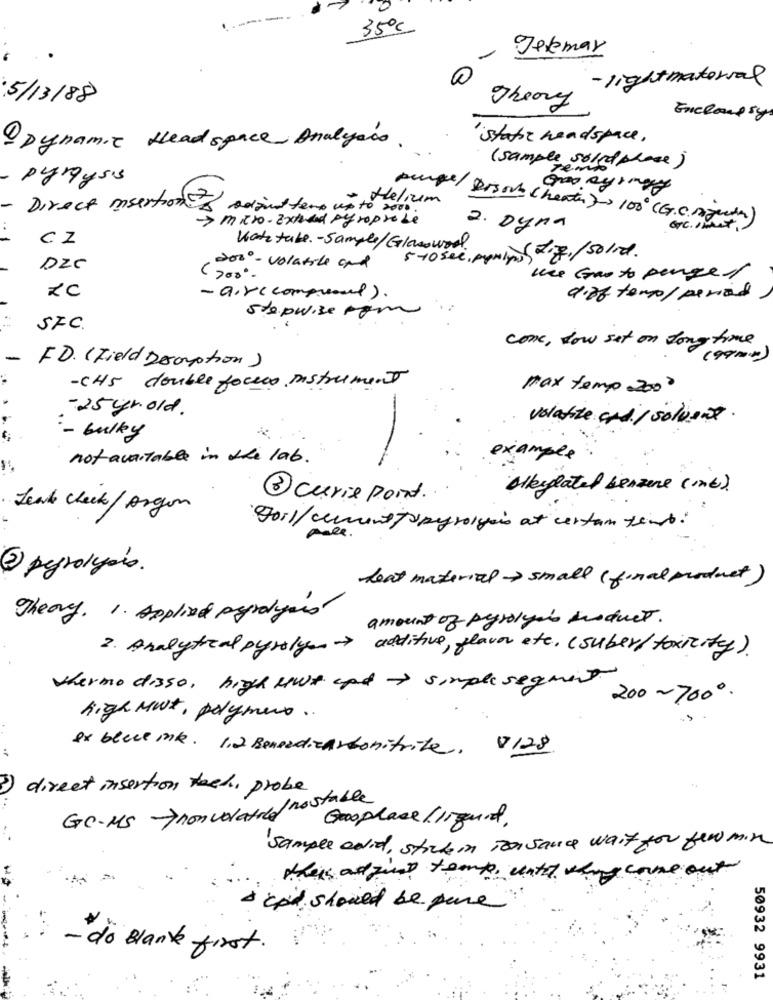
35ºc
- Jefemar
- lightmaterial
5/13/88
Theory
Enclaussy
-Dynamic Head space Analysis.
state headspace.
(sample soled phase)
pyroysis
- Helium
-
Direct insertion- adana ter up to 2000.
-> micro- Extend pyroprobe
purge / Drson ( heater) 100 (G. C. negentien)
2. Dyna
Exc.IM
CZ
Wate tube. - Sample/Glasswool.
5-10 see. mpningdie./solid.
DEC
2000 - volatile and
(200.
une Gas to pengel
ZC
- air( compremed).
9.ze tempo/ period
stepwise ram
SFC.
com , low set on long time
-
F.D. (Field Deoption)
-CH5 double focus instrument
max temp 2000
-25 yr. old.
volatile codi/ solvers.
-
- bulky
not available in the lab.
example
Alleylated benzene ( mb)
3 Curie point.
Leak Check/ Argon
Foil/current Js pyrolysis at certain temb.
pale .
@ pyrolysis.
beat material -> small ( final product)
Theory. 1. Applied pyrolysis
amount of pyrolys's desduct.
2. Analytical pyrolys> additive, flavor etc. (suber / toxicity).
thermo disso, high kwit and > simple segment
200-7000.
high Mut, polymers ..
ex blece ink. 1.2 Beneedicarbonitrite, 8128
3)
direct insertion tack, probe
GC- MS ->nonvolatile/ nostable
Gooplace / irgont.
Sample adid, stick in Tonsauce wait for few min
theis adjust temp unter whig come out
cpi should be pine
- do Blank first.
50932 9931